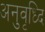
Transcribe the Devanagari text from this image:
अनुवृध्दि